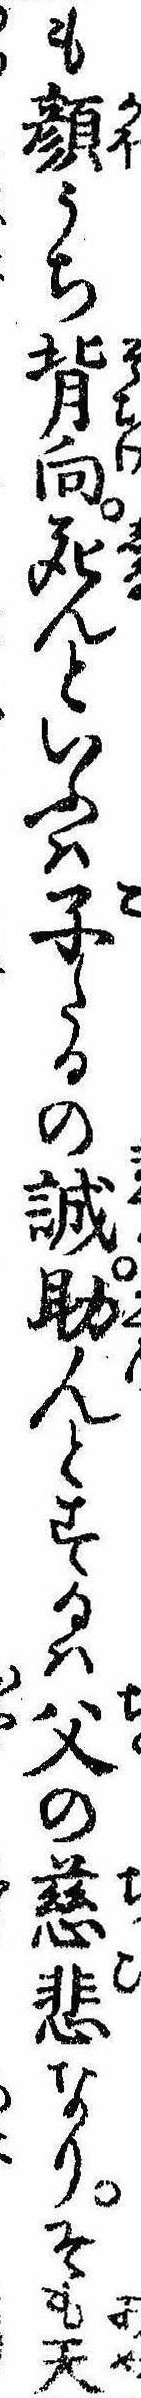
も顔うち背向死んといふは子たるの誠助んとするは父の慈悲なりそも天